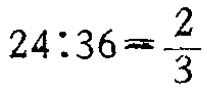
\(24:36=\frac{2}{3}\)